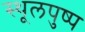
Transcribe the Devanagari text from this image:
स्थूलपुष्प